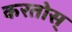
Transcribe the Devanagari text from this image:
करतोस्